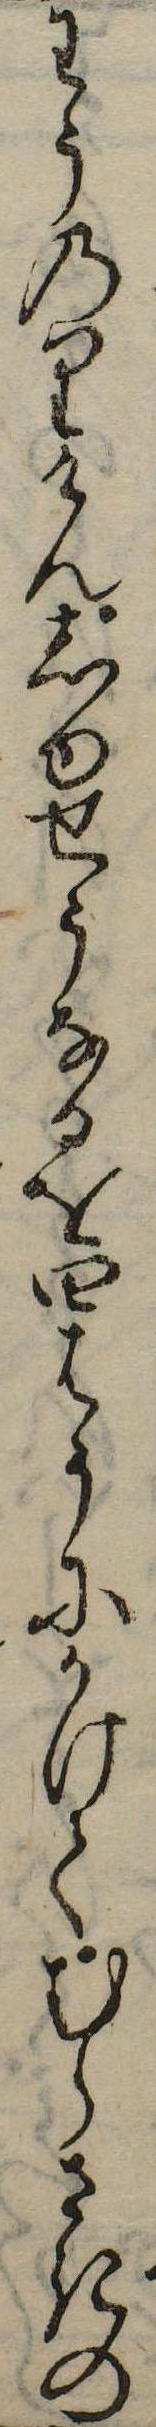
わうのりけんしゆせうなるを四はうにかけてむらさきの